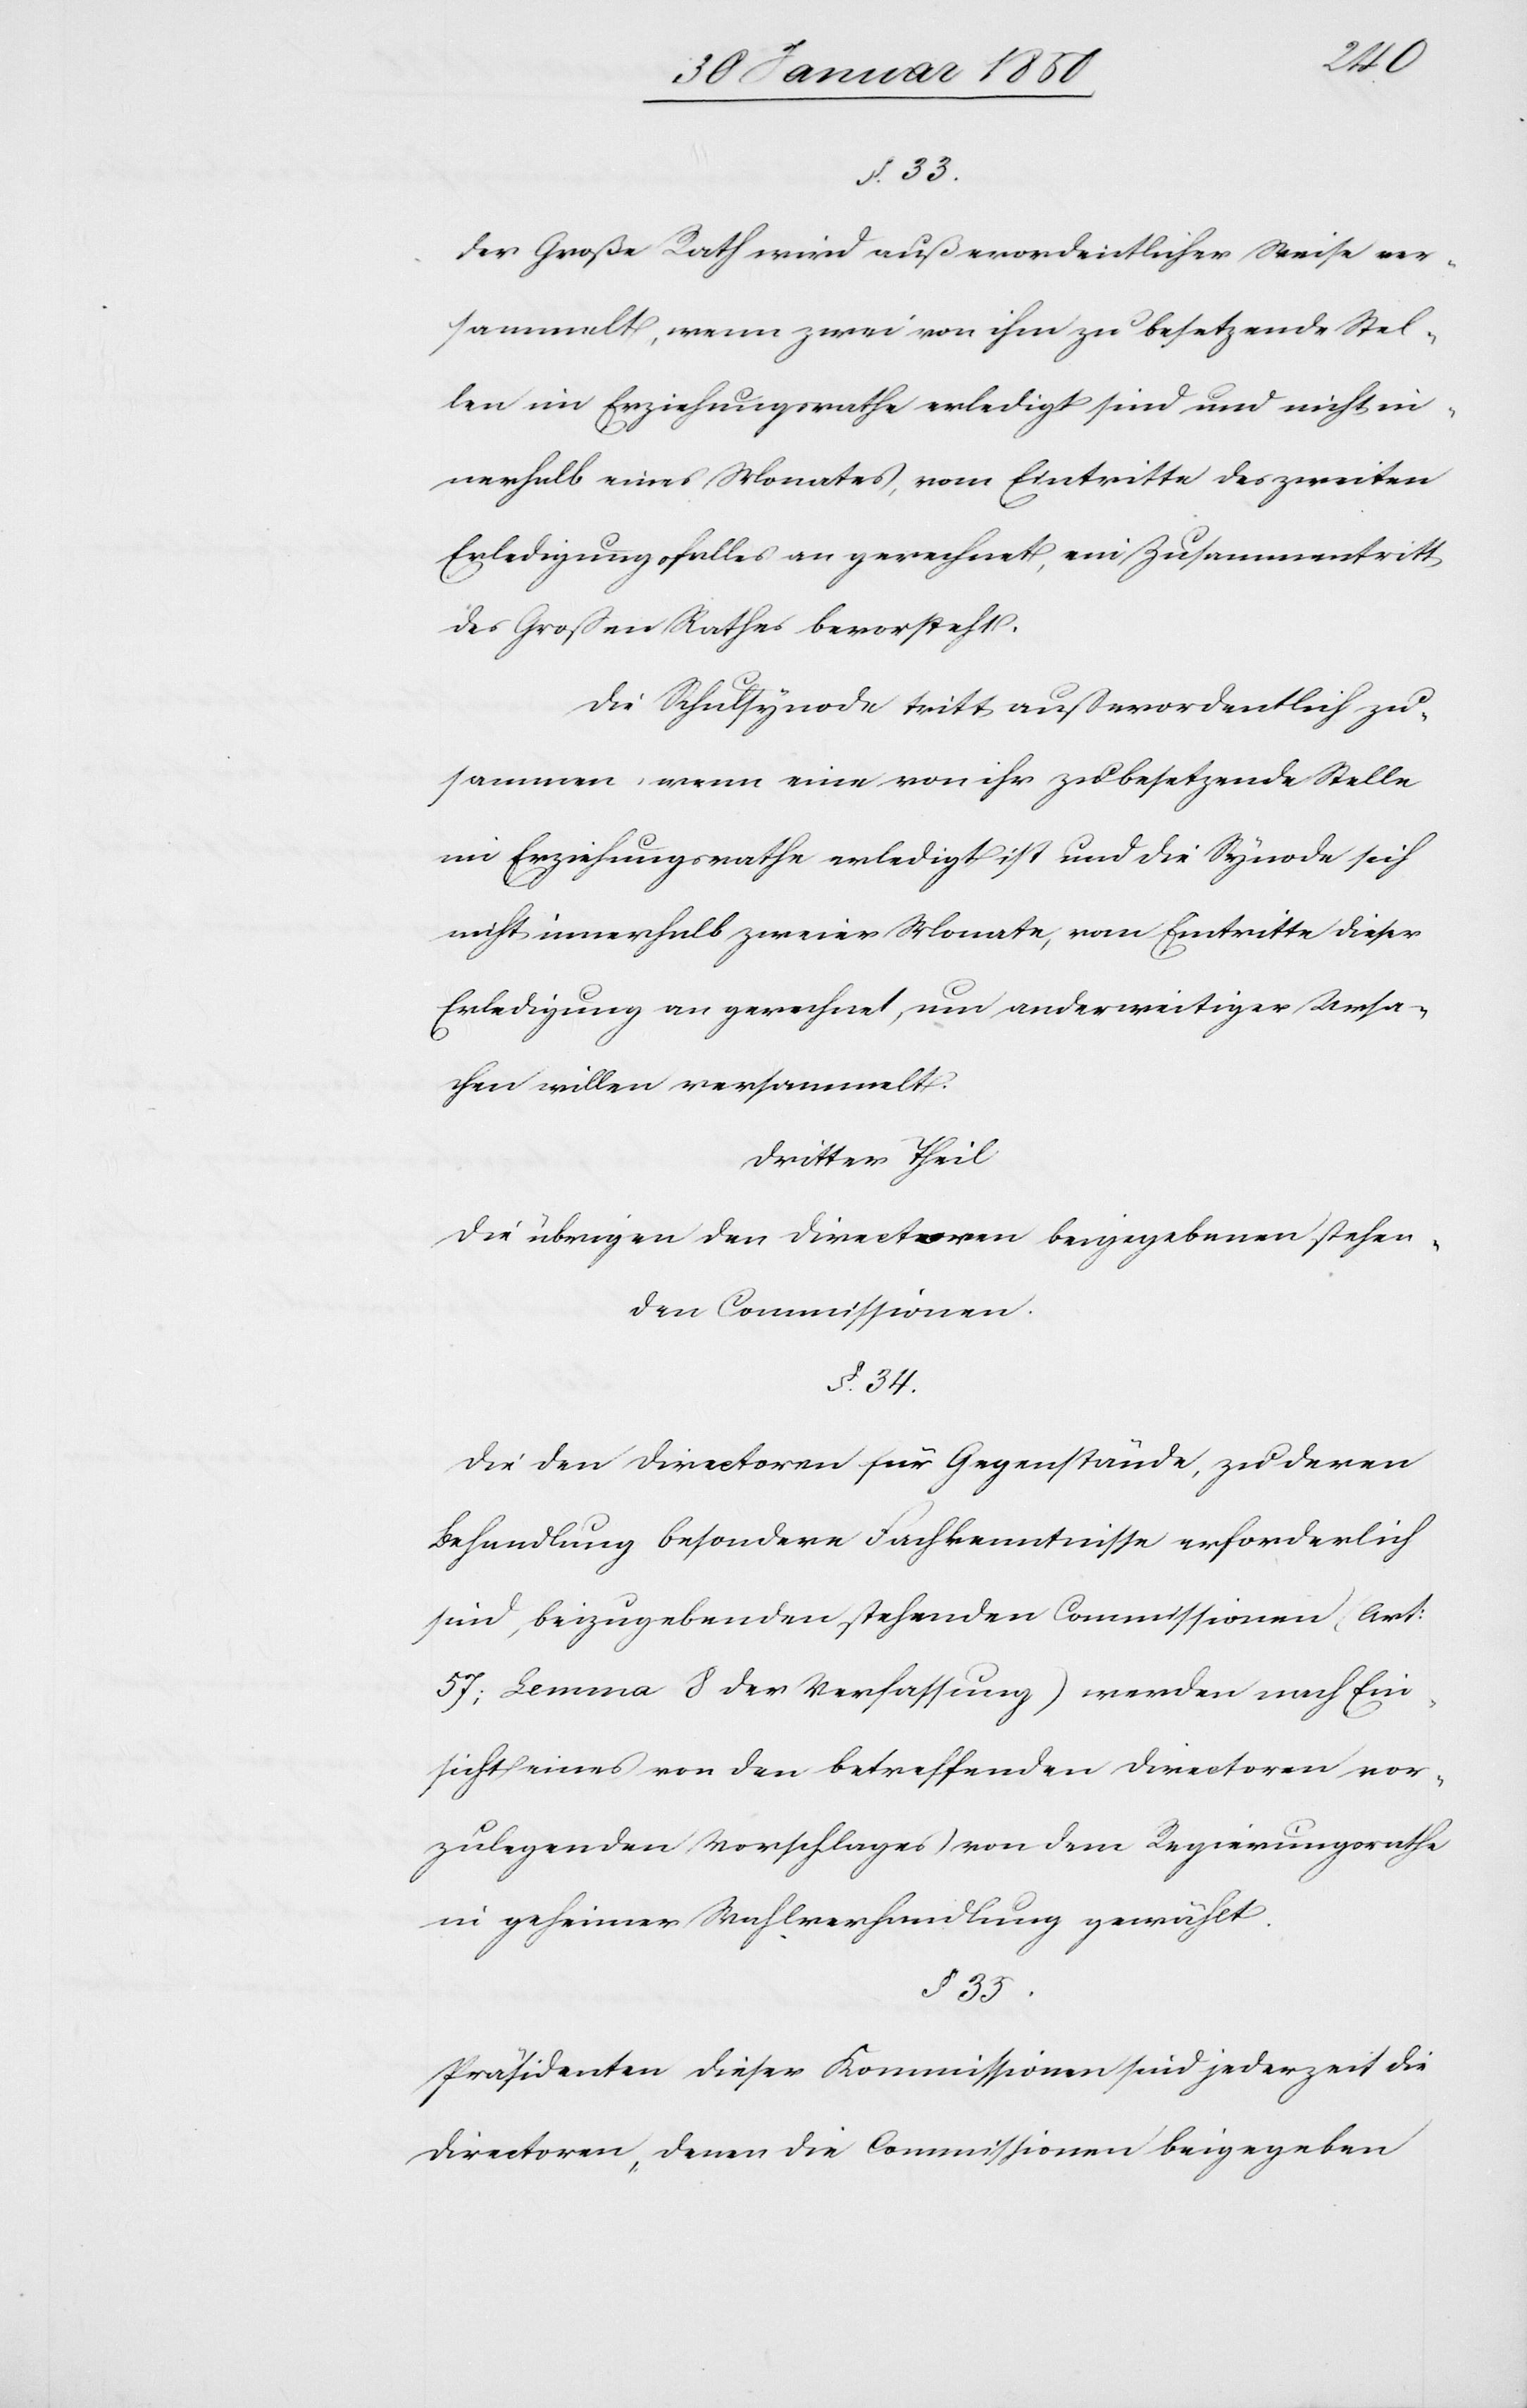
Der Großer Rath wird außerordentlicher Weise ver¬
sammelt, wenn zwei von ihm zu besetzende Stel¬
len im Erziehungsrathe erledigt sind und nicht in¬
nerhalb eines Monates, vom Eintritte des zweiten
Erledigungsfalles an gerechnet, ein Zusammentritt
des Großen Rathes bevorsteht.
Die Schulsynode tritt außerordentlich zu¬
sammen, wenn eine von ihr zu besetzende Stelle
im Erziehungsrathe erledigt ist und die Synode sich
nicht innerhalb zweier Monate, vom Eintritte dieser
Erledigung an gerechnet, um anderweitiger Ursa¬
chen willen versammelt.
Dritter Theil
Die übrigen den Directoren beigegebenen stehen¬
den Commissionen.
§. 34.
Die den Directoren für Gegenstände, zu deren
Behandlung besondere Fachkenntnisse erforderlich
sind, beizugebenden stehenden Commissionen, (Art:
57; Lemma 8 der Verfassung) werden nach Ein¬
sicht eines von den betreffenden Directoren vor¬
zulegenden Vorschlages von dem Regierungsrathe
in geheimer Wahlverhandlung gewählt.
§. 35.
Präsidenten dieser Kommissionen sind jederzeit die
Directoren, denen die Commissionen beigegeben